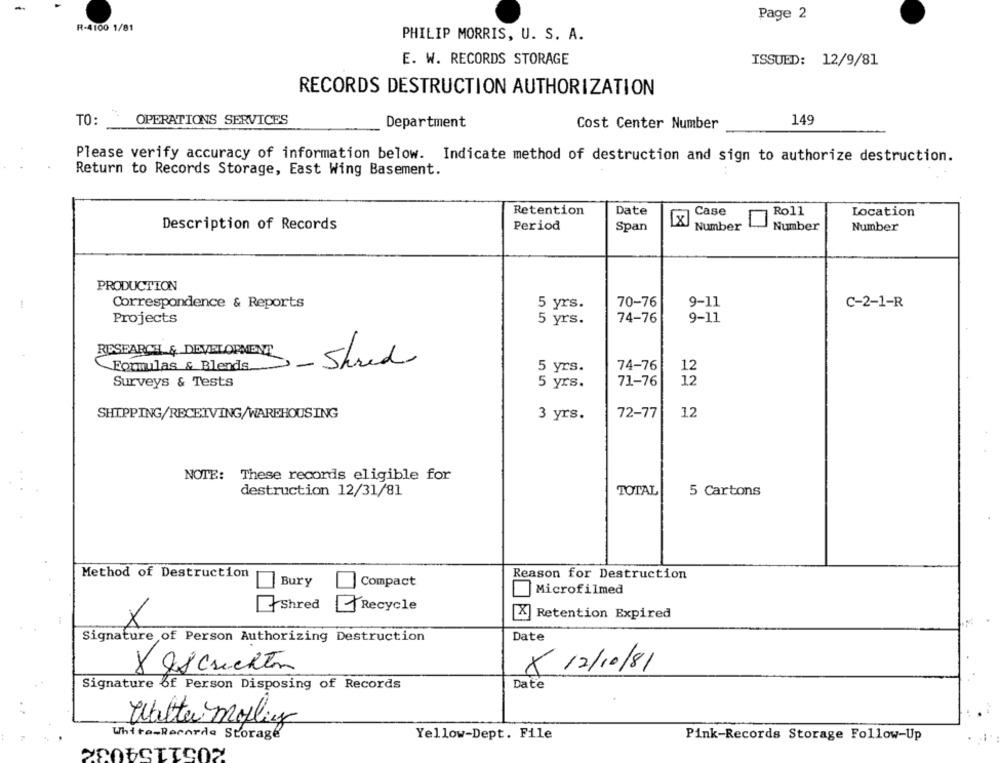
Page 2
R-4100 1/81
PHILIP MORRIS, U. S. A.
E. W. RECORDS STORAGE
ISSUED: 12/9/81
RECORDS DESTRUCTION AUTHORIZATION
TO:
OPERATIONS SERVICES
149
Department
Cost Center Number
Please verify accuracy of information below. Indicate method of destruction and sign to authorize destruction.
Return to Records Storage, East Wing Basement.
..
Retention
Date
Case
Roll
Location
Description of Records
Period
Span
Number
Number
Number
PRODUCTION
-
Correspondence & Reports
5 yrs.
70-76
9-11
C-2-1-R
Projects
5 yrs.
74-76
9-11
RESEARCH & DEVELOPMENT
Formulas & Blends
- Shred
74-76
12
5 yrs.
71-76
12
Surveys & Tests
5 yrs.
12
SHIPPING/RECEIVING/WAREHOUSING
3 yrs.
72-77
NOTE:
These records eligible for
destruction 12/31/81
TOTAL
5 Cartons
Method of Destruction
Reason for Destruction
Bury
Compact
Microfilmed
Shred
Recycle
Retention Expired
X
Signature of Person Authorizing Destruction
Date
Jej crichton
× 12/10/81
Signature of Person Disposing of Records
Date
Walter mollig
White-Recorda Storage
2051159032
Yellow-Dept. File
Pink-Records Storage Follow-Up